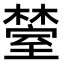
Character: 𬄰